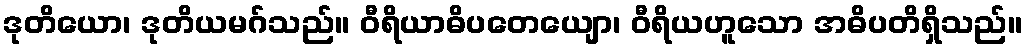
ဒုတိယော၊ ဒုတိယမဂ်သည်။ ဝီရိယာဓိပတေယျော၊ ဝီရိယဟူသော အဓိပတိရှိသည်။